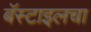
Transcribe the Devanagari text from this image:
बॅस्टाइलचा